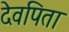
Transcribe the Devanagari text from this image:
देवपिता